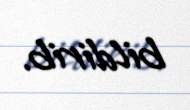
bildirib.